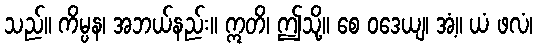
သည်။ ကိမ္ပန၊ အဘယ်နည်း။ ဣတိ၊ ဤသို့။ စေ ဝဒေယျ၊ အံ့။ ယံ ဖလံ၊